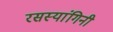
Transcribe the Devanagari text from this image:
रसस्यांगिनी